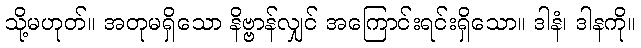
သို့မဟုတ်။ အတုမရှိသော နိဗ္ဗာန်လျှင် အကြောင်းရင်းရှိသော။ ဒါနံ၊ ဒါနကို။